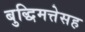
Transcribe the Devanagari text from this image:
बुद्धिमत्तेसह